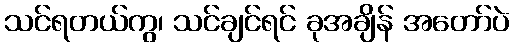
သင်ရတယ်ကွ၊ သင်ချင်ရင် ခုအချိန် အတော်ပဲ